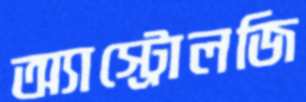
অ্যাস্ট্রোলজি